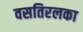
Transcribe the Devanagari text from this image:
वसतिरलका